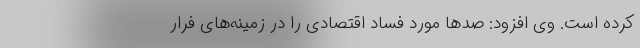
کرده است. وی افزود: صد‌ها مورد فساد اقتصادی را در زمینه‌های فرار